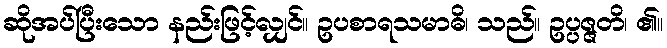
ဆိုအပ်ပြီးသော နည်းဖြင့်လျှင်။ ဥပစာရသမာဓိ၊ သည်။ ဥပ္ပဇ္ဇတိ၊ ၏။